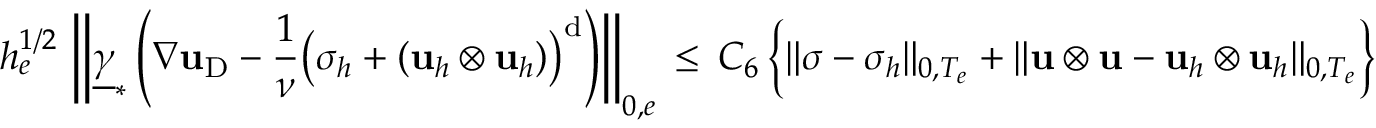
h _ { e } ^ { 1 / 2 } \, \left\| \underline { { { \boldsymbol \gamma } } } _ { * } \left( \nabla \mathbf { u } _ { \mathrm { D } } - \frac { 1 } { \nu } \big ( { \boldsymbol \sigma } _ { h } + ( \mathbf { u } _ { h } \otimes \mathbf { u } _ { h } ) \big ) ^ { \mathrm { d } } \right) \right\| _ { 0 , e } \, \leq \, C _ { 6 } \, \Big \{ \| { \boldsymbol \sigma } - { \boldsymbol \sigma } _ { h } \| _ { 0 , T _ { e } } + \| \mathbf { u } \otimes \mathbf { u } - \mathbf { u } _ { h } \otimes \mathbf { u } _ { h } \| _ { 0 , T _ { e } } \Big \}